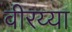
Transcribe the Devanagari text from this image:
वीरय्या